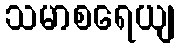
သမာစရေယျ